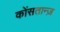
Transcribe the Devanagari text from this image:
कोंसतान्ज़